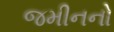
જમીનનો